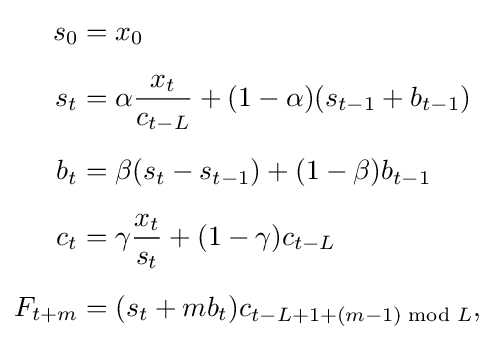
{\begin{aligned}s_{0}&=x_{0}\\[5pt]s_{t}&=\alpha {\frac {x_{t}}{c_{t-L}}}+(1-\alpha )(s_{t-1}+b_{t-1})\\[5pt]b_{t}&=\beta (s_{t}-s_{t-1})+(1-\beta )b_{t-1}\\[5pt]c_{t}&=\gamma {\frac {x_{t}}{s_{t}}}+(1-\gamma )c_{t-L}\\[5pt]F_{t+m}&=(s_{t}+mb_{t})c_{t-L+1+(m-1){\bmod {L}}},\end{aligned}}